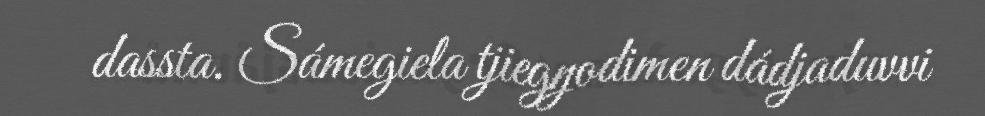
dassta. Sámegiela tjiegŋodimen dádjaduvvi